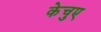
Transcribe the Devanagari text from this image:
केचुए